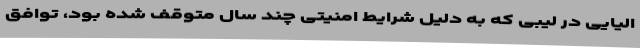
الیایی در لیبی که به دلیل شرایط امنیتی چند سال متوقف شده بود، توافق